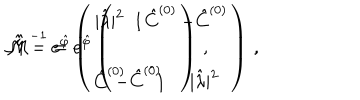
\hat { \cal M } = e ^ { \hat { \varphi } } \left( \begin{array} { c c } { { | \hat { \lambda } | ^ { 2 } } } & { { \hat { C } ^ { ( 0 ) } } } \\ { { } } & { { } } \\ { { \hat { C } ^ { ( 0 ) } } } & { { 1 } } \\ \end{array} \right) \, , \hspace { 1 c m } \hat { \cal M } ^ { - 1 } = e ^ { \hat { \varphi } } \left( \begin{array} { c c } { { 1 } } & { { - \hat { C } ^ { ( 0 ) } } } \\ { { } } & { { } } \\ { { - \hat { C } ^ { ( 0 ) } } } & { { | \hat { \lambda } | ^ { 2 } } } \\ \end{array} \right) \, ,